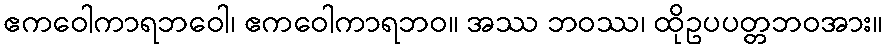
ဧကဝေါကာရဘဝေါ၊ ဧကဝေါကာရဘဝ။ အဿ ဘဝဿ၊ ထိုဥပပတ္တဘဝအား။